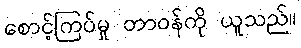
စောင့်ကြပ်မှု တာဝန်ကို ယူသည်။